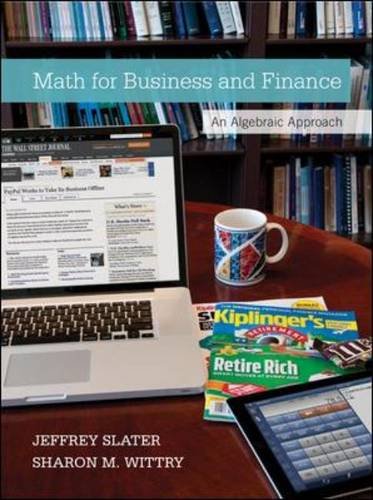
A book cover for Practical Business Math Procedures with Handbook, Student DVD, and WSJ insert; Jeffrey Slater; Business & Money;